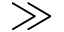
\gg